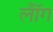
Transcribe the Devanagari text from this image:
लॉँग